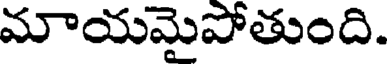
మాయమైపోతుంది.